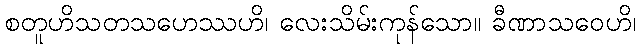
စတူဟိသတသဟေဿဟိ၊ လေးသိမ်းကုန်သော။ ခီဏာသဝေဟိ၊